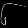
Digit: ၆